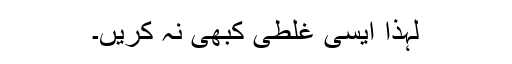
لہٰذا ایسی غلطی کبھی نہ کریں۔